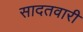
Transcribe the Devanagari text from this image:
सादतवारी